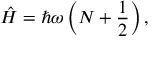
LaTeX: { \hat { H } } = \hbar \omega \left( N + { \frac { 1 } { 2 } } \right) ,